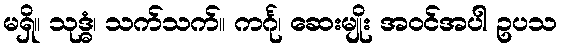
မရှိ။ သုဒ္ဓံ၊ သက်သက်။ ကင်္ဂု၊ ဆေးမျိုး အဝင်အပါ ဥပသ